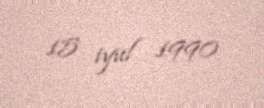
15 iyul 1990